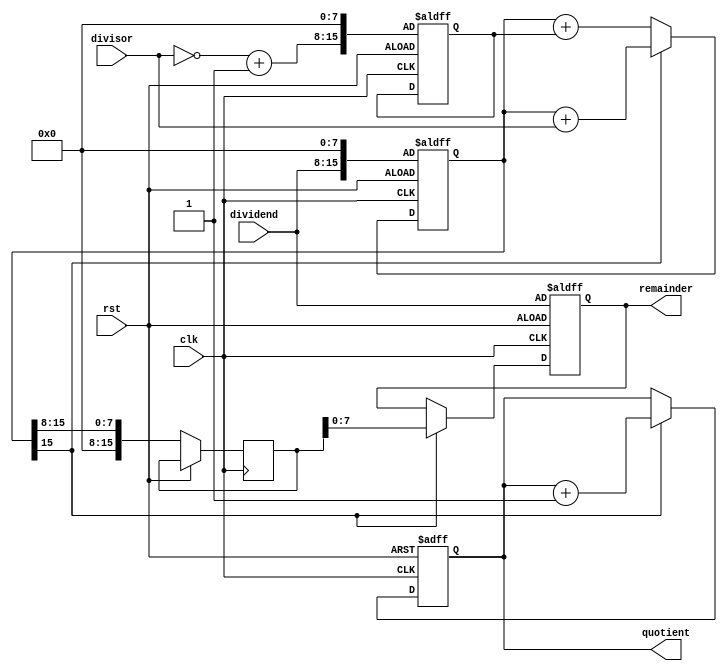
module NonRestoringDivider(
    input clk,
    input rst,
    input [7:0] dividend,
    input [7:0] divisor,
    output reg [7:0] quotient,
    output reg [7:0] remainder
);

reg [15:0] accumulator;
reg [15:0] neg_divisor;
reg [15:0] temp_remainder;

always @(posedge clk or posedge rst) begin
    if (rst) begin
        accumulator <= {dividend, 8'b0};
        neg_divisor <= {~divisor + 1, 8'b0};
        quotient <= 8'b0;
        remainder <= dividend;
    end else begin
        if (accumulator[15] == 1) begin
            accumulator <= accumulator + divisor;
        end else begin
            accumulator <= accumulator + neg_divisor;
        end
        temp_remainder <= accumulator[15:8];
        if (accumulator[15] == 1) begin
            quotient <= quotient + 1;
            remainder <= temp_remainder;
        end
    end
end

endmodule